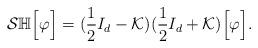
LaTeX: \begin{align*}\mathcal{S}\mathbb{H}\Big[\varphi\Big] = (\frac{1}{2}I_{d} - \mathcal{K}) (\frac{1}{2}I_{d} + \mathcal{K})\Big[\varphi\Big].\end{align*}